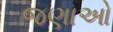
જણાઓ